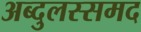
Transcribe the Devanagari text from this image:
अब्दुलस्समद